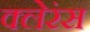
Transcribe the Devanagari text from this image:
क्लेरंस